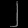
Digit: ၂